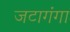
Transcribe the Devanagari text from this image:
जटागंगा